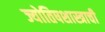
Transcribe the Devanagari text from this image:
ज्योतिषशास्त्राची